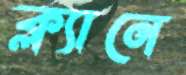
ক্ল্যানে